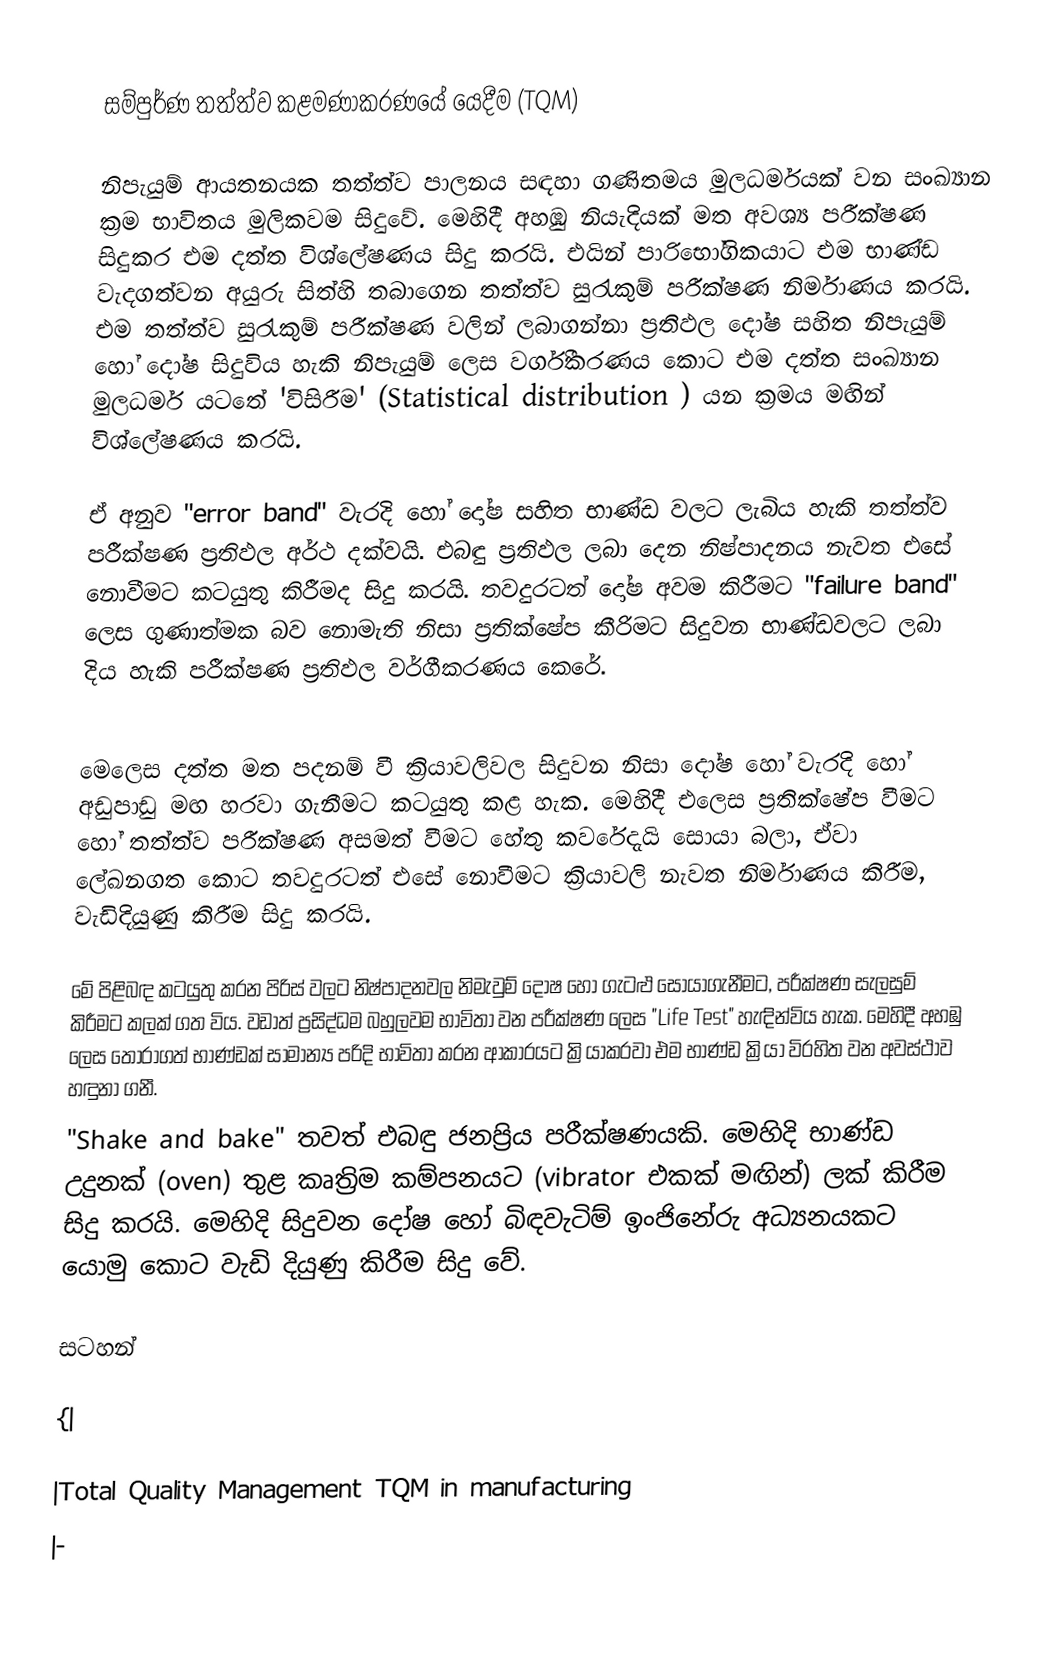

සම්පුර්ණ තත්ත්ව කළමණාකරණයේ යෙදීම (TQM)

නිපැයුම් ආයතනයක තත්ත්ව පාලනය සඳහා ගණිතමය මුලධර්මයක් වන සංඛ්‍යාන ක්‍රම භාවිතය මුලිකවම සිදුවේ. මෙහිදී අහඹු නියැදියක් මත අවශ්‍ය පරීක්ෂණ සිදුකර එම දත්ත විශ්ලේෂණය සිදු කරයි. එයින් පාරිභෝගිකයාට එම භාණ්ඩ වැදගත්වන අයුරු සිත්හි තබාගෙන තත්ත්ව සුරැකුම් පරීක්ෂණ නිර්මාණය කරයි. එම තත්ත්ව සුරැකුම් පරීක්ෂණ වලින් ලබාගන්නා ප්‍රතිඵල දෝෂ සහිත නිපැයුම් හෝ දෝෂ සිදුවිය හැකි නිපැයුම් ලෙස වර්ගීකරණය කොට එම දත්ත සංඛ්‍යාන මුලධර්ම යටතේ 'විසිරීම' (Statistical distribution ) යන ක්‍රමය මඟින් විශ්ලේෂණය කරයි.

ඒ  අනුව "error band" වැරදි හෝ දෝෂ සහිත භාණ්ඩ වලට ලැබිය හැකි තත්ත්ව පරීක්ෂණ ප්‍රතිඵල අර්ථ දක්වයි. එබඳු ප්‍රතිඵල ලබා දෙන නිෂ්පාදනය නැවත එසේ නොවීමට කටයුතු කිරීමද සිදු කරයි. තවදුරටත් දෝෂ අවම කිරීමට  "failure band" ලෙස ගුණාත්මක බව නොමැති නිසා ප්‍රතික්ෂේප කීරිමට සිදුවන භාණ්ඩවලට ලබා දිය හැකි පරීක්ෂණ ප්‍රතිඵල වර්ගීකරණය කෙරේ.

මෙලෙස දත්ත මත පදනම් වී ක්‍රියාවලිවල සිදුවන නිසා දෝෂ හෝ වැරදි හෝ අඩුපාඩු මඟ හරවා ගැනීමට කටයුතු කළ හැක. මෙහිදී එලෙස ප්‍රතික්ෂේප වීමට හෝ තත්ත්ව පරීක්ෂණ අසමත් වීමට හේතු කවරේදැයි සොයා බලා, ඒවා ලේඛනගත කොට තවදුරටත් එසේ නොවීමට ක්‍රියාවලි නැවත නිර්මාණය කිරීම, වැඩිදියුණු කිරීම සිදු කරයි.

මේ පිළිබඳ කටයුතු කරන පිරිස් වලට නිෂ්පාදනවල නිමැවුම් දෝෂ හෝ ගැටළු සොයාගැනීමට, පරීක්ෂණ සැලසුම් කිරීමට කලක් ගත විය. වඩාත් ප්‍රසිද්ධම බහුලවම භාවිතා වන පරීක්ෂණ ලෙස "Life Test" හැඳින්විය හැක. මෙහිදී අහඹු ලෙස තෝරාගත් භාණ්ඩක් සාමාන්‍ය පරිදි භාවිතා කරන ආකාරයට ක්‍රියාකරවා එම භාණ්ඩ ක්‍රියා විරහිත වන අවස්ථාව හඳුනා ගනී.
"Shake and bake" තවත් එබඳු ජනප්‍රිය පරීක්ෂණයකි. මෙහිදි භාණ්ඩ උදුනක් (oven)  තුළ කෘත්‍රිම කම්පනයට (vibrator එකක් මඟින්) ලක් කිරීම සිදු කරයි. මෙහිදි සිදුවන දෝෂ හෝ බිඳවැටිම් ඉංජිනේරු අධ්‍යනයකට යොමු කොට වැඩි දියුණු කිරීම සිදු වේ.

සටහන්

{|

|Total Quality Management TQM in manufacturing
|-